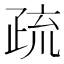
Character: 疏